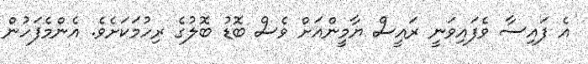
އެ ފައިސާ ވެފައިވަނީ ރައީސް ޔާމީންއަށް ވެސް ބޮޑު ބޮލުގެ ރިހުމަކަށެވެ. އެންމެފަހުން